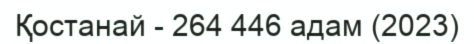
Қостанай - 264 446 адам (2023)